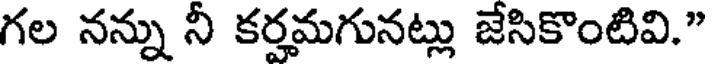
గల నన్ను నీ కర్హమగునట్లు జేసికొంటివి."